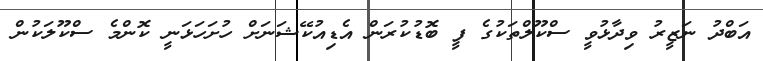
އަބްދު ނަޒީރު ވިދާޅުވީ ސްކޫލްތަކުގެ ފީ ބޮޑުކުރަން އެޑިއުކޭޝަނަށް ހުށަހަޅަނީ ކޮންމެ ސްކޫލަކުން